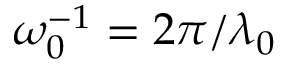
\omega _ { 0 } ^ { - 1 } = 2 \pi / \lambda _ { 0 }